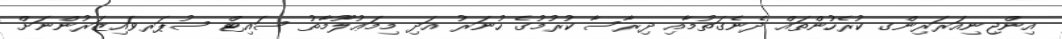
އިންޖިނިއަރަރިންގ ކުރެހުންތައް ދެނެގަތުމާއި ދިރާސާ ކުރުމުގެ ހުނަރު އަދި މިމަޢުލޫމާތު ސައިޓް ސުޕަރވައިޒަރުންނަށް